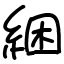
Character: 綑